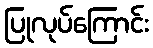
ပြုလုပ်ကြောင်း